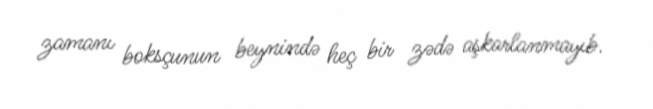
zamanı boksçunun beynində heç bir zədə aşkarlanmayıb.